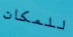
للمكان